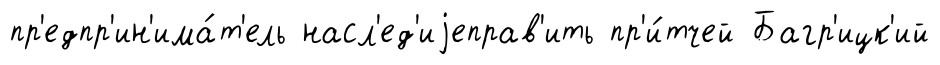
пр'едпр'ин'има́т'ель насл'ед'иjеправ'ить пр'и́тчей Багр'ицк'ий